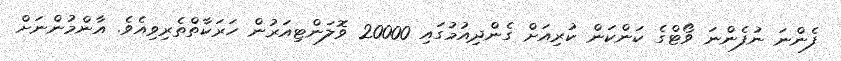
ފެންނަ ނުފެންނަ ވޯޓްގެ ކަންކަން ކުރިއަށް ގެންދިއުމުގައި 20000 ވޮލަންޓިއަރުން ހަރަކާތްތެރިވިއެވެ. އާންމުންނަށް